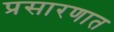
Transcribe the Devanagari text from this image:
प्रसारणात